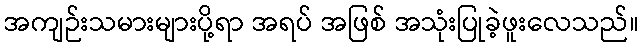
အကျဉ်းသမားများပို့ရာ အရပ် အဖြစ် အသုံးပြုခဲ့ဖူးလေသည်။